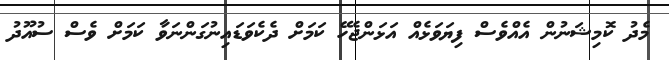
މެދު ކޮމިޝަނުން އެއްވެސް ފިޔަވަޅެއް އަޅަންޖެހޭ ކަމަށް ދެކެވަޑައިނުގަންނަވާ ކަމަށް ވެސް ސުއޫދު